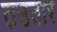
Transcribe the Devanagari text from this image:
तउतार